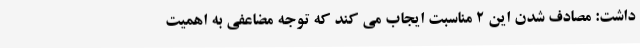
داشت: مصادف شدن این ۲ مناسبت ایجاب می کند که توجه مضاعفی به اهمیت